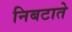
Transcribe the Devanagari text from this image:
निबटाते